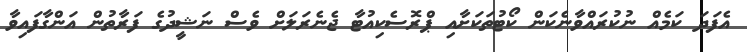
އެފަދަ ކަމެއް ނުކުރައްވާނެކަން ކޯޓުތަކަށާއި ޕްރޮސެކިއުޓާ ޖެނެރަލަށް ވެސް ނަޝީދުގެ ފަރާތުން އަންގާފައިވާ